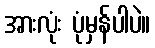
အားလုံး ပုံမှန်ပါပဲ။